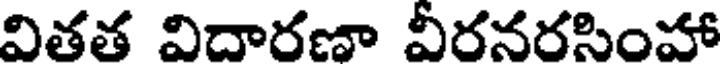
వితత విదారణా వీరనరసింహా